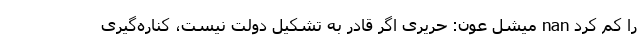
را کم کرد nan میشل عون: حریری اگر قادر به تشکیل دولت نیست، کناره‌گیری